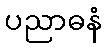
ပညာဓနံ